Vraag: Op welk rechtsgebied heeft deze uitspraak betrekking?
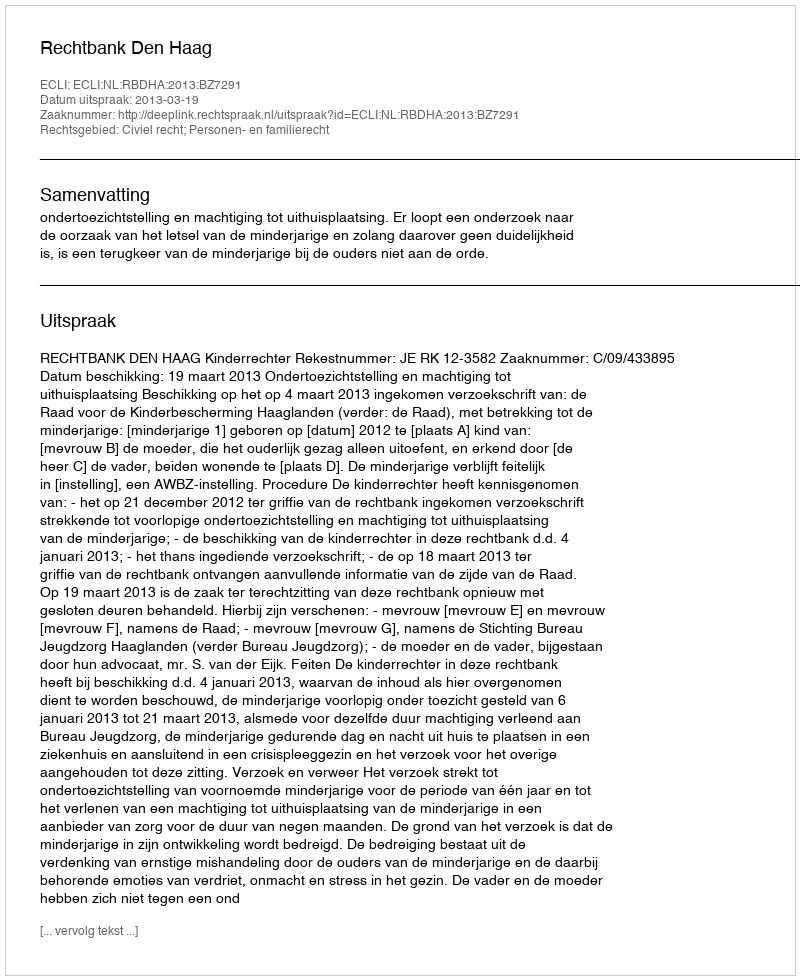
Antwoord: Civiel recht; Personen- en familierecht